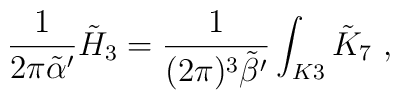
\frac{1}{2\pi{\tilde \alpha}'}{\tilde H}_3=\frac{1}{(2\pi)^3{\tilde \beta}'}\int_{K3}{\tilde K}_7\ ,